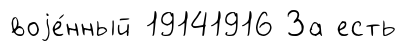
воjе́нный 19141916 За есть